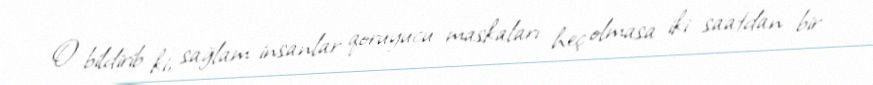
O bildirib ki, sağlam insanlar qoruyucu maskaları heç olmasa iki saatdan bir